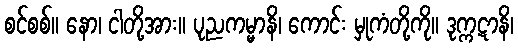
စင်စစ်။ နော၊ ငါတို့အား။ ပုညကမ္မာနိ၊ ကောင်း မှုကံတို့ကို။ ဒုက္ကဋာနိ၊